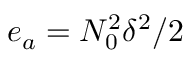
e _ { a } = N _ { 0 } ^ { 2 } \delta ^ { 2 } / 2